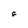
Character: F